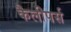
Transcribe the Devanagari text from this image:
कैलीपर्स